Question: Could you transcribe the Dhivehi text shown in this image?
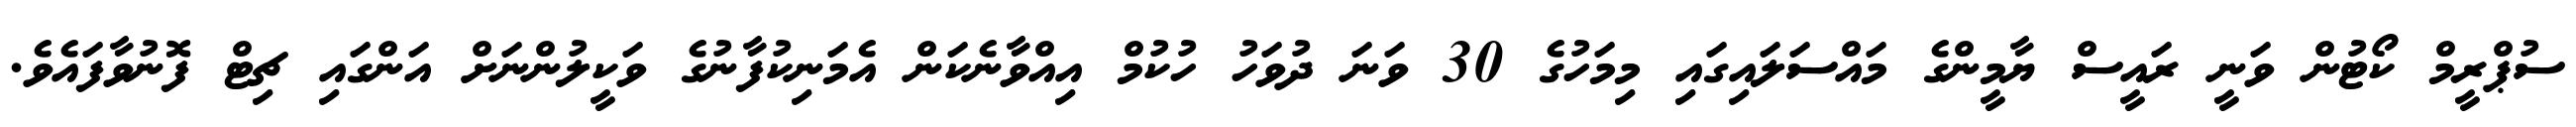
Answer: ސުޕްރީމް ކޯޓުން ވަނީ ރައީސް ޔާމީންގެ މައްސަލައިގައި މިމަހުގެ 30 ވަނަ ދުވަހު ހުކުމް އިއްވާނެކަން އެމަނިކުފާނުގެ ވަކީލުންނަށް އަންގައި ޗިޓް ފޮނުވާފައެވެ.